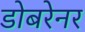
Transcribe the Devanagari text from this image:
डोबरेनर